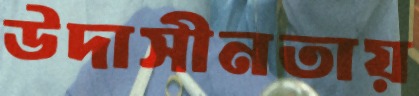
উদাসীনতায়